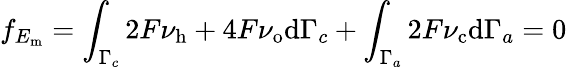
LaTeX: f_{E_{\mathrm{m}}}=\int_{\Gamma_{c}}2F\nu_{\mathrm{h}}+4F\nu_{\mathrm{o}}\mathrm{d}\Gamma_{c}+\int_{\Gamma_{a}}2F\nu_{\mathrm{c}}\mathrm{d}\Gamma_{a}=0